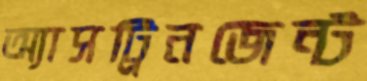
অ্যাসট্রিনজেন্ট